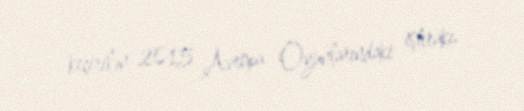
keçirilən 2015 Avropa Oyunlarındaki iştirakı.